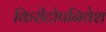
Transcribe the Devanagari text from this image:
किरीटोपनिवेश